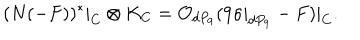
( N ( - F ) ) ^ { * } | _ { C } \otimes K _ { C } = { \cal O } _ { d P _ { 9 } } ( 9 \sigma | _ { d P _ { 9 } } - F ) | _ { C } .